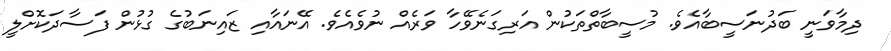
ދިމާވަނީ ބަދުނަސީބާއެވެ. މުސީބާތްތަކުން އަރިގަނެވޭހާ ވަރެއް ނުވެއެވެ. އޭނައާއި ޒައިނަބުގެ ގުޅުން ފަސާދަކޮށްލީ